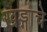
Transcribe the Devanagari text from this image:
खड्गाचे